Civil Veterinary Department Bihar & Orissa reports 1929-36 - 1929-1936
Year: 1929
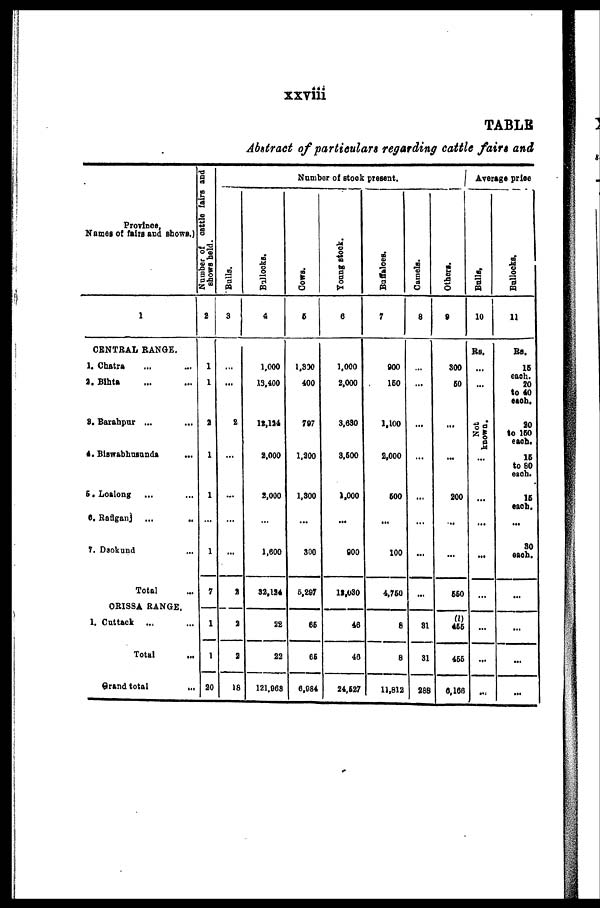
xxviii
TABLE
Abstract of particulars regarding cattle fairs and
Province,
Names of fairs and shows.)
1
CENTRAL RANGE.
1. Chatra ... ...
2. Bihta ... ...
3. Barahpur ... ...
4. Biswabhusunda ...
5. Loalong ... ...
6. Raflganj ... ...
7. Daokund ...
Total
ORISSA RANGE.
1. Cuttack ... ...
Total ...
Grand total ...
Number of cattle fairs and
shows held.
2
1
1
3
1
1
...
1
7
1
1
20
Number of stock present.
Bulls.
3
...
...
2
...
...
...
...
9
2
2
18
Bullocks.
4
1,000
13,400
12,124
2,000
2,000
...
1,600
32,124
22
22
121,968
Cows.
5
1,800
400
787
1,200
1,300
...
300
6,297
66
66
6,984
Young stock.
6
1,000
2,000
3,630
3,500
1.000
...
800
12,030
46
46
24,527
Buffaloes.
7
900
150
1,100
2,000
500
...
100
4,750
6
8
11,812
Camels.
8
...
...
...
...
...
...
...
...
31
31
288
Others.
9
300
50
...
...
200
...
...
550
(l)
455
466
6,166
Average price
Bulls.
10
Rs.
...
...
Not
knows
...
...
...
...
...
...
...
...
Bollocks.
11
Rs.
15
each.
20
to 40
each.
20
to 150
each.
15
to 80
each.
15
each.
...
30
each.
...
...
...
...